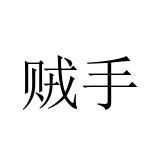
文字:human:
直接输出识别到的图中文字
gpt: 贼手